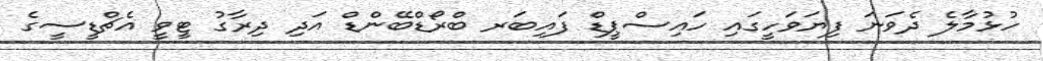
ހުޅުމާލެ ދެވަނަ ފިޔަވަހީގައި ހައިސްޕީޑް ފައިބަރ ބްރޯޑްބޭންޑް އަދި ދިރާގު ޓީވީ އެޗްޑީސީގެ